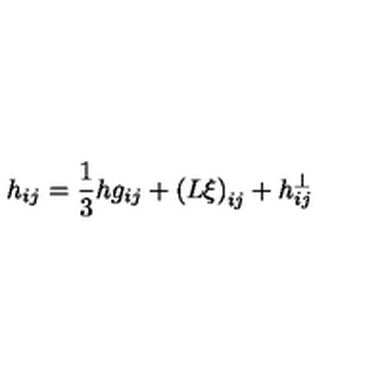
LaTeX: h _ { i j } = \frac 1 3 h g _ { i j } + \left( L \xi \right) _ { i j } + h _ { i j } ^ { \bot }